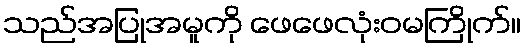
သည်အပြုအမူကို ဖေဖေလုံးဝမကြိုက်။